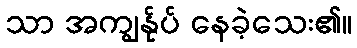
သာ အကျွန်ုပ် နေခဲ့သေး၏။